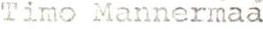
Timo Mannermaa